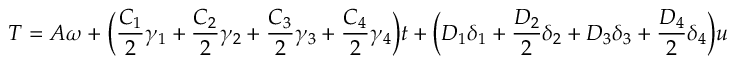
T = A \omega + \Big ( \frac { C _ { 1 } } { 2 } \gamma _ { 1 } + \frac { C _ { 2 } } { 2 } \gamma _ { 2 } + \frac { C _ { 3 } } { 2 } \gamma _ { 3 } + \frac { C _ { 4 } } { 2 } \gamma _ { 4 } \Big ) t + \Big ( D _ { 1 } \delta _ { 1 } + \frac { D _ { 2 } } { 2 } \delta _ { 2 } + D _ { 3 } \delta _ { 3 } + \frac { D _ { 4 } } { 2 } \delta _ { 4 } \Big ) u